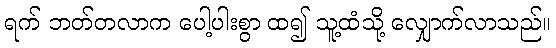
ရက် ဘတ်တလာက ပေါ့ပါးစွာ ထ၍ သူ့ထံသို့ လျှောက်လာသည်။